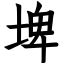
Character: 埤